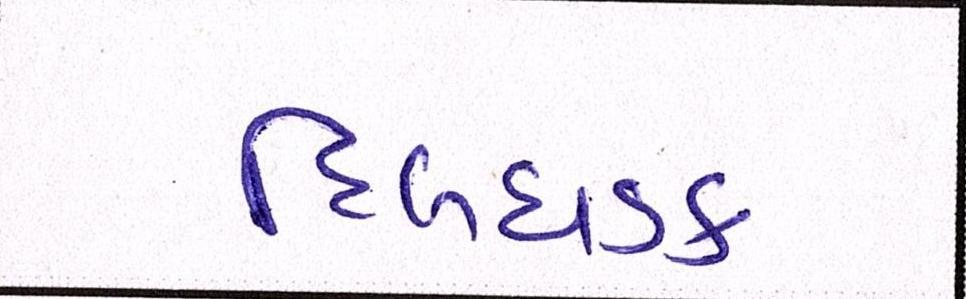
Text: દિલધડક